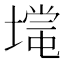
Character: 𡐃